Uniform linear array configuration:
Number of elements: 48
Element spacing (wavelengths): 0.5
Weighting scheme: exponential
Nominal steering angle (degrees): -45
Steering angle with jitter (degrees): -43.296
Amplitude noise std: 0.05
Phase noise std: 0.05

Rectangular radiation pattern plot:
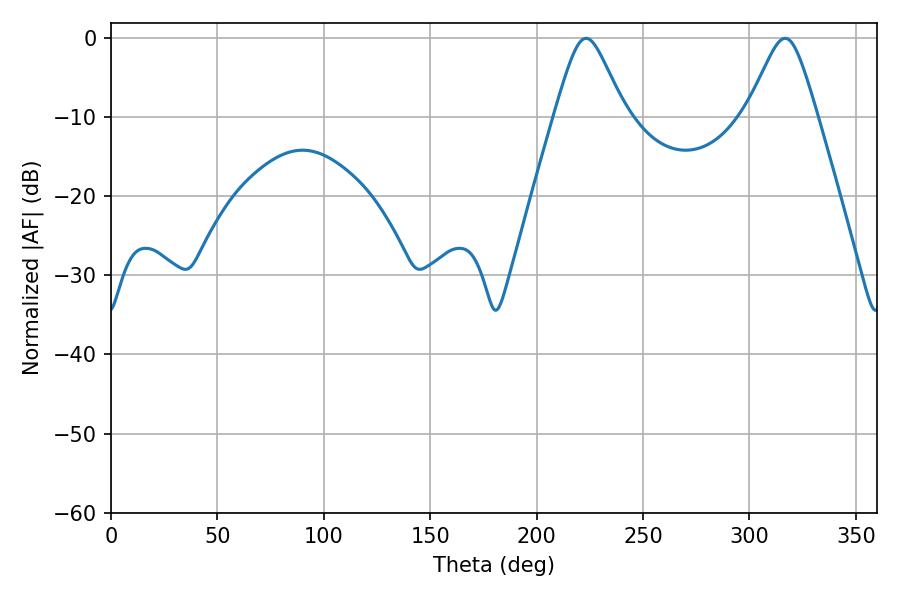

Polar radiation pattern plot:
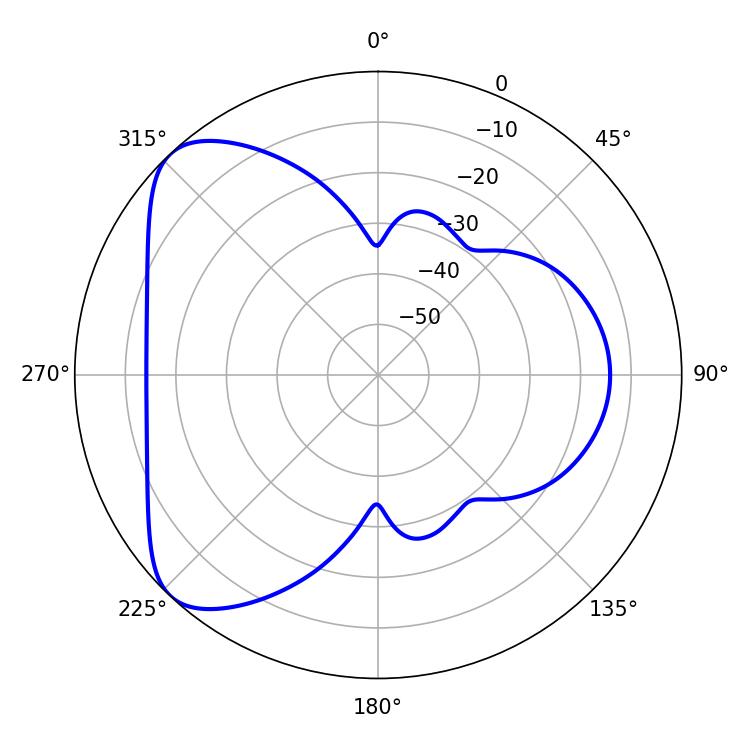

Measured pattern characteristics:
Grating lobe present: FALSE
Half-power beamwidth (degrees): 15.84
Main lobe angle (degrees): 316.8